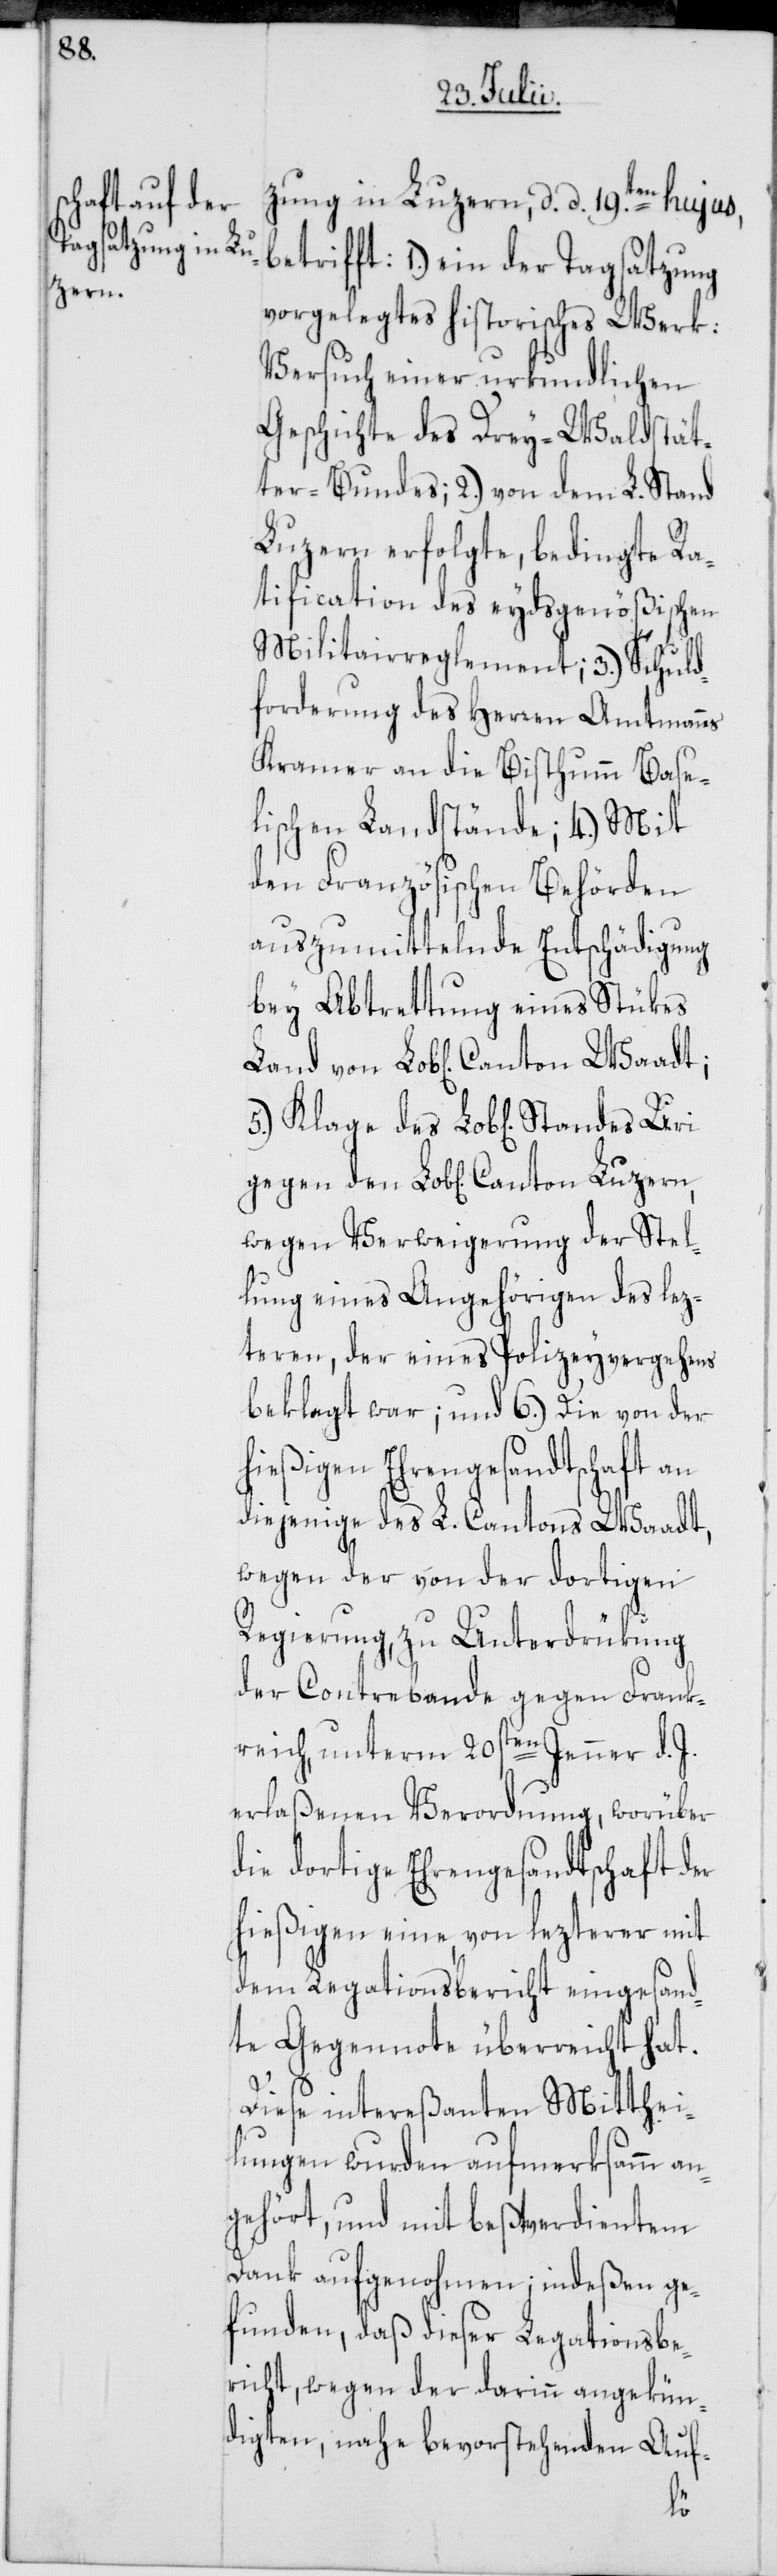
Luzern,

zung in Luzern, d. d. 19ten. hujus,
betrifft: 1.) ein der Tagsatzung
vorgelegtes historisches Werk:
Versuch einer urkundlichen
Geschichte des Drey-Waldstät¬
ter-Bundes; 2.) von dem L. Stand
Luzern erfolgte, bedingte Ra¬
tification des eydsgenößischen
Militairreglement; 3.) Schuld¬
forderung des Herren Amtmanns
Kramer an die Bistumm Base¬
lischen Landstände; 4.) Mit
den Französischen Behörden
auszumittelnde Entschädigung
bey Abtrettung eines Stükes
wegen Verweigerung der Stel¬
lung eines Angehörigen des lez¬
teren, der eines Polizeyvergehens
beklagt war; und 6.) Die von der
hießigen Ehrengesandtschaft an
diejenige des L. Cantons Waadt,
wegen der von der dortigen
Regierung, zu Unterdrükung
der Contrebande gegen Frank¬
reich, unterm 20sten Jenner d. J.
erlaßenen Verordnung, worüber
die dortige Ehrengesandtschaft der
hießigen eine, von lezterer mit
dem Legationsbericht eingesand¬
te Gegennote überreicht hat.
Diese intereßanten Mitthei¬
lungen wurden aufmerksamm an¬
gehört, und mit beßtverdientem
Dank aufgenohmen; indeßen ge¬
funden, daß dieser Legationsbe¬
richt, wegen der darinn angekün¬
digten, nahe bevorstehenden Auf-
den